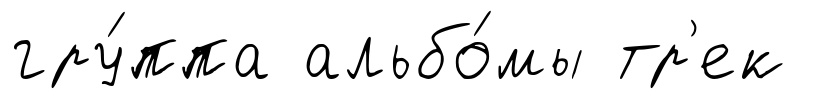
гру́ппа альбо́мы тр'ек